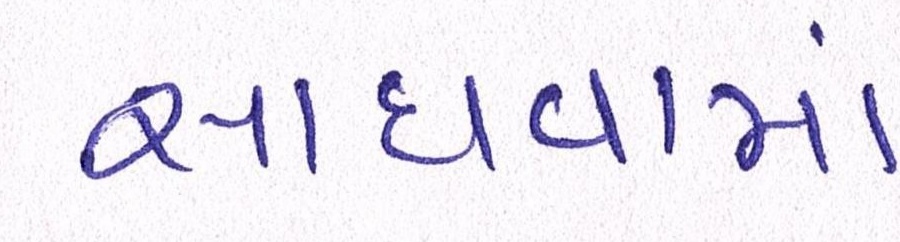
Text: સાધવામાં